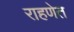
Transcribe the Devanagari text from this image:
राहणेत